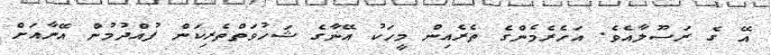
އޭ ގެ ރަސޫލާއެވެ. އަހެރެމެންގެ ތެރެއިން މީހަކު އޭނާގެ ޝަހުވަތްތެރިކަން ފުއްދުމުން އޭނާއަށް